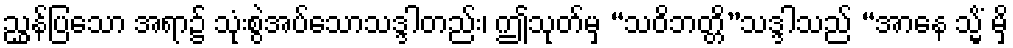
ညွှန်ပြသော အရာ၌ သုံးစွဲအပ်သောသဒ္ဒါတည်း၊ ဤသုတ်မှ “သဝိဘတ္တိ”သဒ္ဒါသည် “အာနေ သ္မိံ မှိ